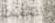
التخفيف